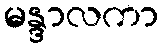
မန္ဒာလကာ